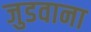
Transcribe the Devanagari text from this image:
जुडवाना